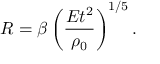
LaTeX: R = \beta \left( { \frac { E t ^ { 2 } } { \rho _ { 0 } } } \right) ^ { 1 / 5 } .